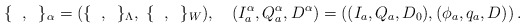
\begin{align*}\{\;\;,\;\;\}_{\alpha}=(\{\;\;,\;\;\}_{\Lambda},\;\{\;\;,\;\;\}_{W}),\quad\left(I^{\alpha}_a, Q^{\alpha}_a, D^{\alpha}\right)=\left( (I_a, Q_a, D_0), (\phi_a, q_a, D)\right). \end{align*}